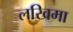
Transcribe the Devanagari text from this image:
लखिमा